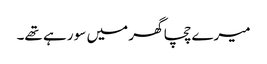
میرے چچا گھر میں سو رہے تھے۔